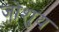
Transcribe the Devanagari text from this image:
जोशुय